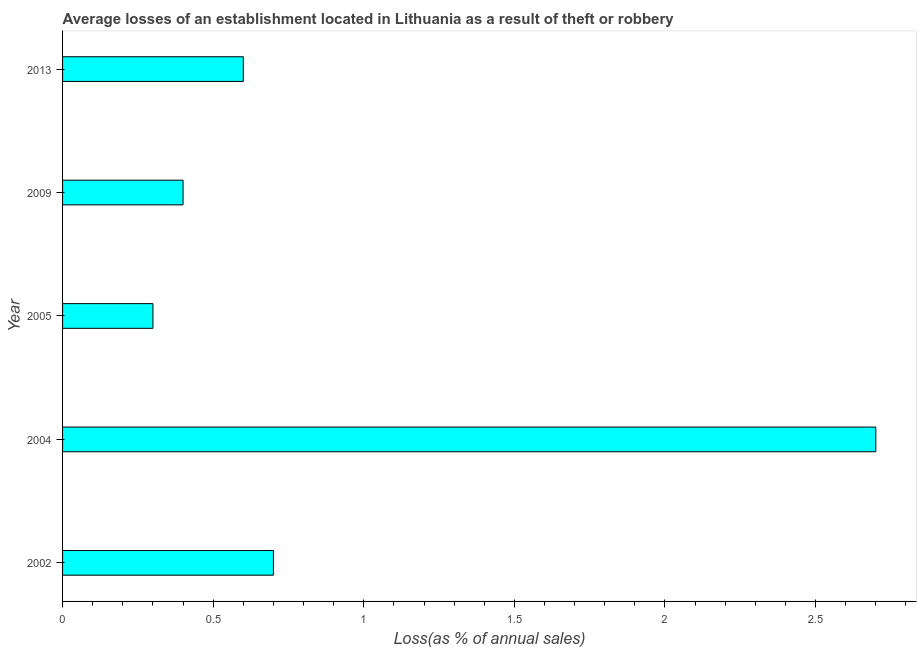
| Year | Losses due to theft |
 | --- | --- |
 | 2002 | 0.7 |
 | 2004 | 2.7 |
 | 2005 | 0.3 |
 | 2009 | 0.4 |
 | 2013 | 0.6 |